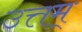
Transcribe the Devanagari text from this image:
उत्तम्